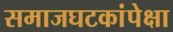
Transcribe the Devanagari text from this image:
समाजघटकांपेक्षा